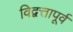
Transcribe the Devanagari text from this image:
विद्वत्तापूर्व